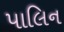
પાલિન